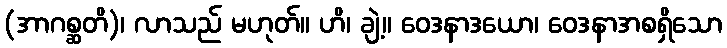
(အာဂစ္ဆတိ)၊ လာသည် မဟုတ်။ ဟိ၊ ချဲ့။ ဝေဒနာဒယော၊ ဝေဒနာအစရှိသော